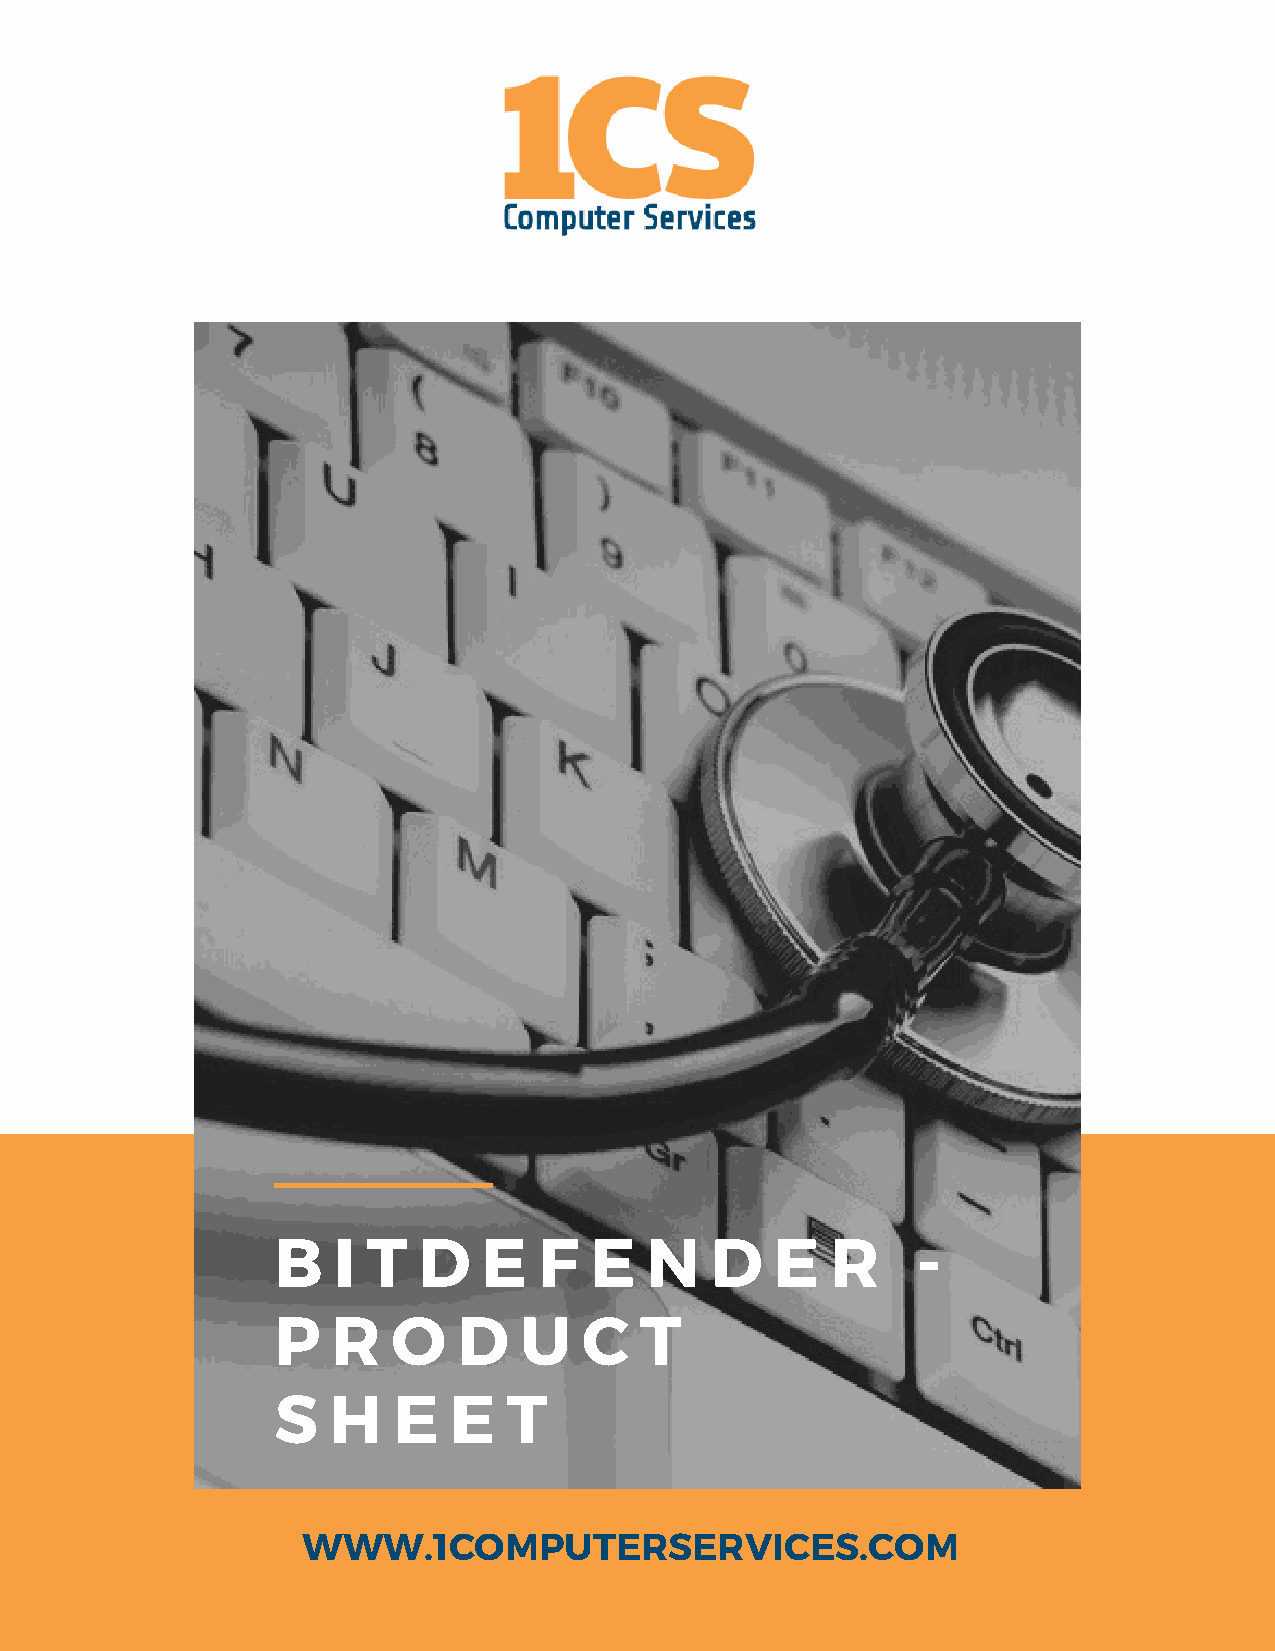
B   I T   D   E   F  E   N   D   E   R     -
 P   R   O   D   U    C  T
 S   H   E   E   T
 WWW.1COMPUTERSERVICES.COM